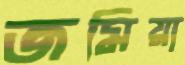
জমিয়া